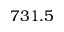
7 3 1 . 5